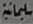
سلیمانیة